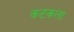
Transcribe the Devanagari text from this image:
कटकला